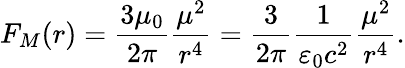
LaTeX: F_{M}(r)=\frac{3\mu_{0}}{2\pi}\frac{\mu^{2}}{r^{4}}=\frac{3}{2\pi}\frac{1}{\varepsilon_{0}c^{2}}\frac{\mu^{2}}{r^{4}}.